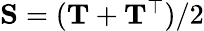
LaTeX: \begin{array}{r}{\mathbf{S}=(\mathbf{T}+\mathbf{T}^{\top})/2}\end{array}